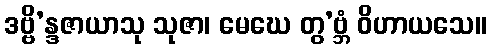
ဒဗ္ဗိ’န္ဒဇာယာသု သုဇာ၊ မေဃေ တွ’ဗ္ဘံ ဝိဟာယသေ။